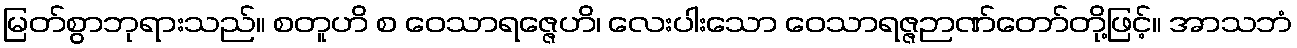
မြတ်စွာဘုရားသည်။ စတူဟိ စ ဝေသာရဇ္ဇေဟိ၊ လေးပါးသော ဝေသာရဇ္ဇဉာဏ်တော်တို့ဖြင့်။ အာသဘံ